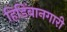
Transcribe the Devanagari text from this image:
हिडिंबानगारी